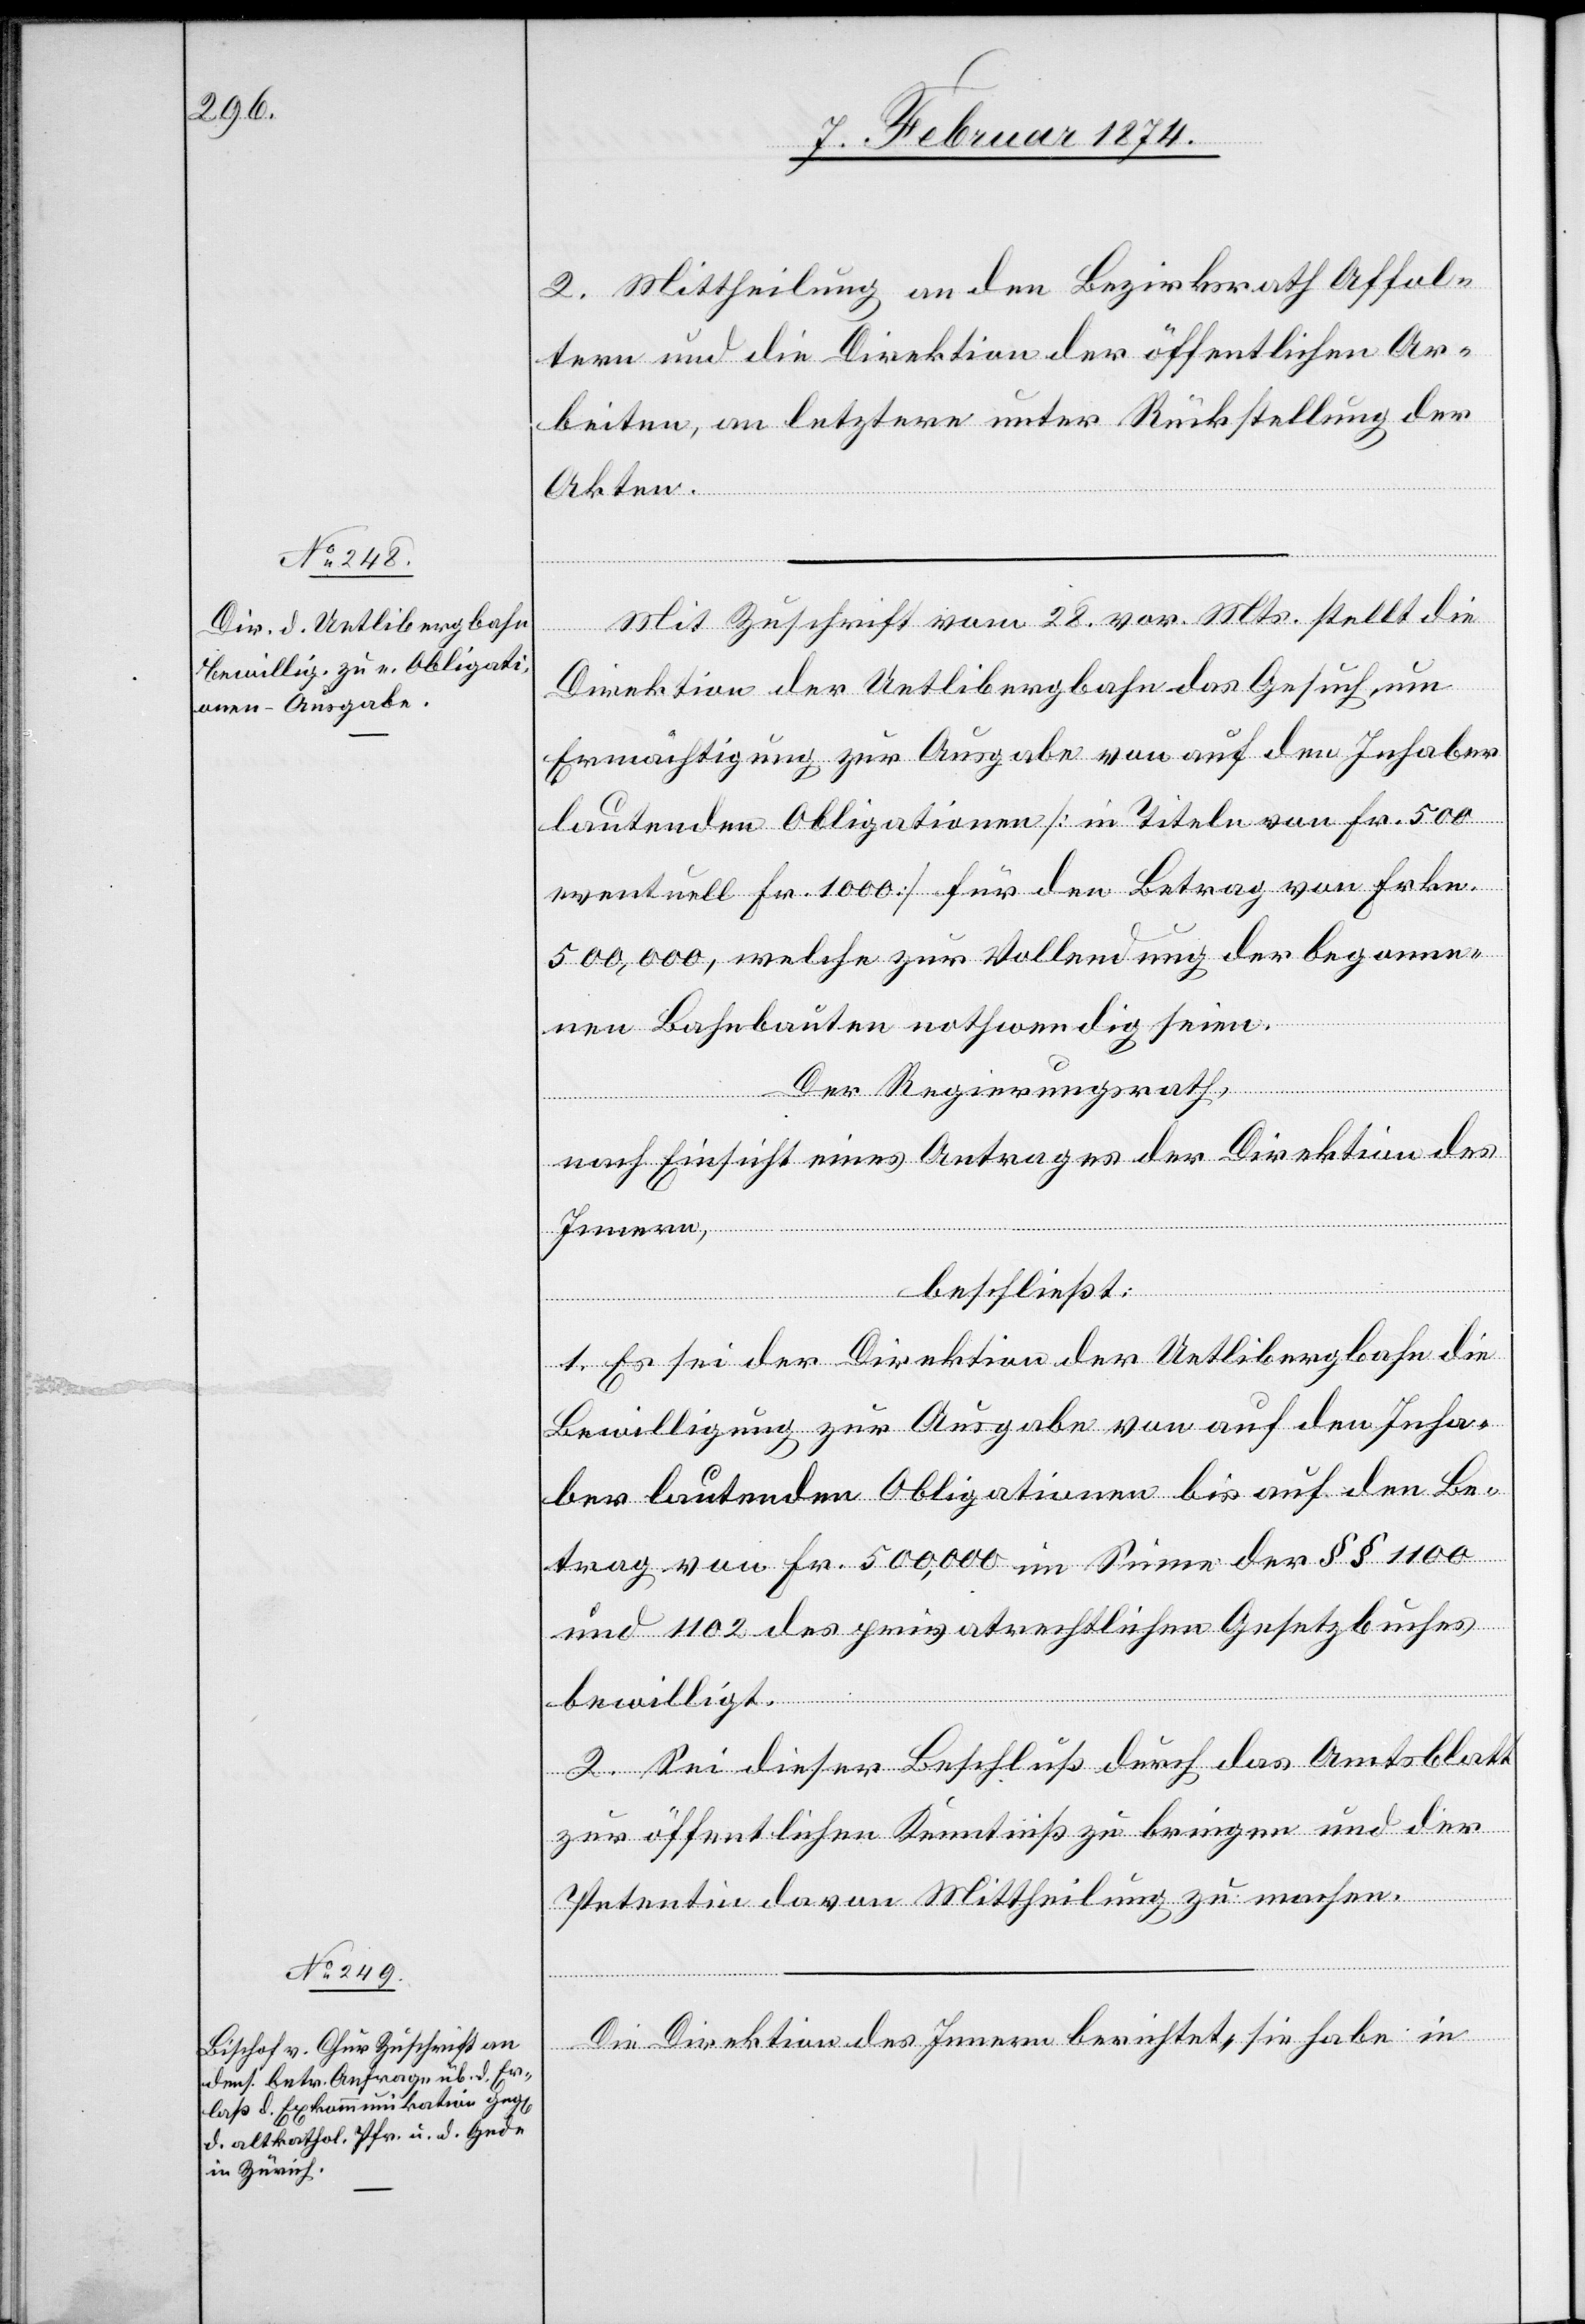
2. Mittheilung an den Bezirksrath Affol¬
tern und die Direktion der öffentlichen Ar¬
beiten, an letztere unter Rückstellung der
Akten.
Mit Zuschrift vom 28. vor. Mts. stellt die
Direktion der Uetlibergbahn das Gesuch um
Ermächtigung zur Ausgabe von auf den Inhaber
lautenden Obligationen [in Titeln von Fr. 500
eventuell Fr. 1000] für den Betrag von Frkn.
500,000, welche zur Vollendung der begonne¬
nen Bahnbauten nothwendig seien.
Der Regierungsrath,
nach Einsicht eines Antrages der Direktion des
Innern,
beschließt:
1. Es sei der Direktion der Uetlibergbahn die
Bewilligung zur Ausgabe von auf den Inha¬
ber lautenden Obligationen bis auf den Be¬
trag von Fr. 500,000 im Sinne der §§ 1100
und 1102 des privatrechtlichen Gesetzbuches
bewilligt.
2. Sei dieser Beschluß durch das Amtsblatt
zur öffentlichen Kenntniß zu bringen und der
Petentin davon Mittheilung zu machen.
Die Direktion des Innern berichtet, sie habe in